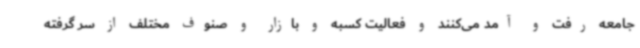
جامعه رفت و آمد می‌کنند و فعالیت کسبه و بازار و صنوف مختلف از سر گرفته